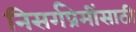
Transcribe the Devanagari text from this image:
निसर्गप्रेमींसाठी